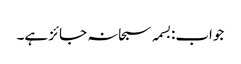
جواب:بسمہ سبحانہ جائز ہے۔